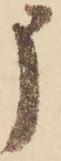
申